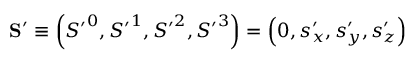
\mathbf { S } ^ { \prime } \equiv \left( { S ^ { \prime } } ^ { 0 } , { S ^ { \prime } } ^ { 1 } , { S ^ { \prime } } ^ { 2 } , { S ^ { \prime } } ^ { 3 } \right) = \left( 0 , s _ { x } ^ { \prime } , s _ { y } ^ { \prime } , s _ { z } ^ { \prime } \right)